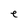
Character: e